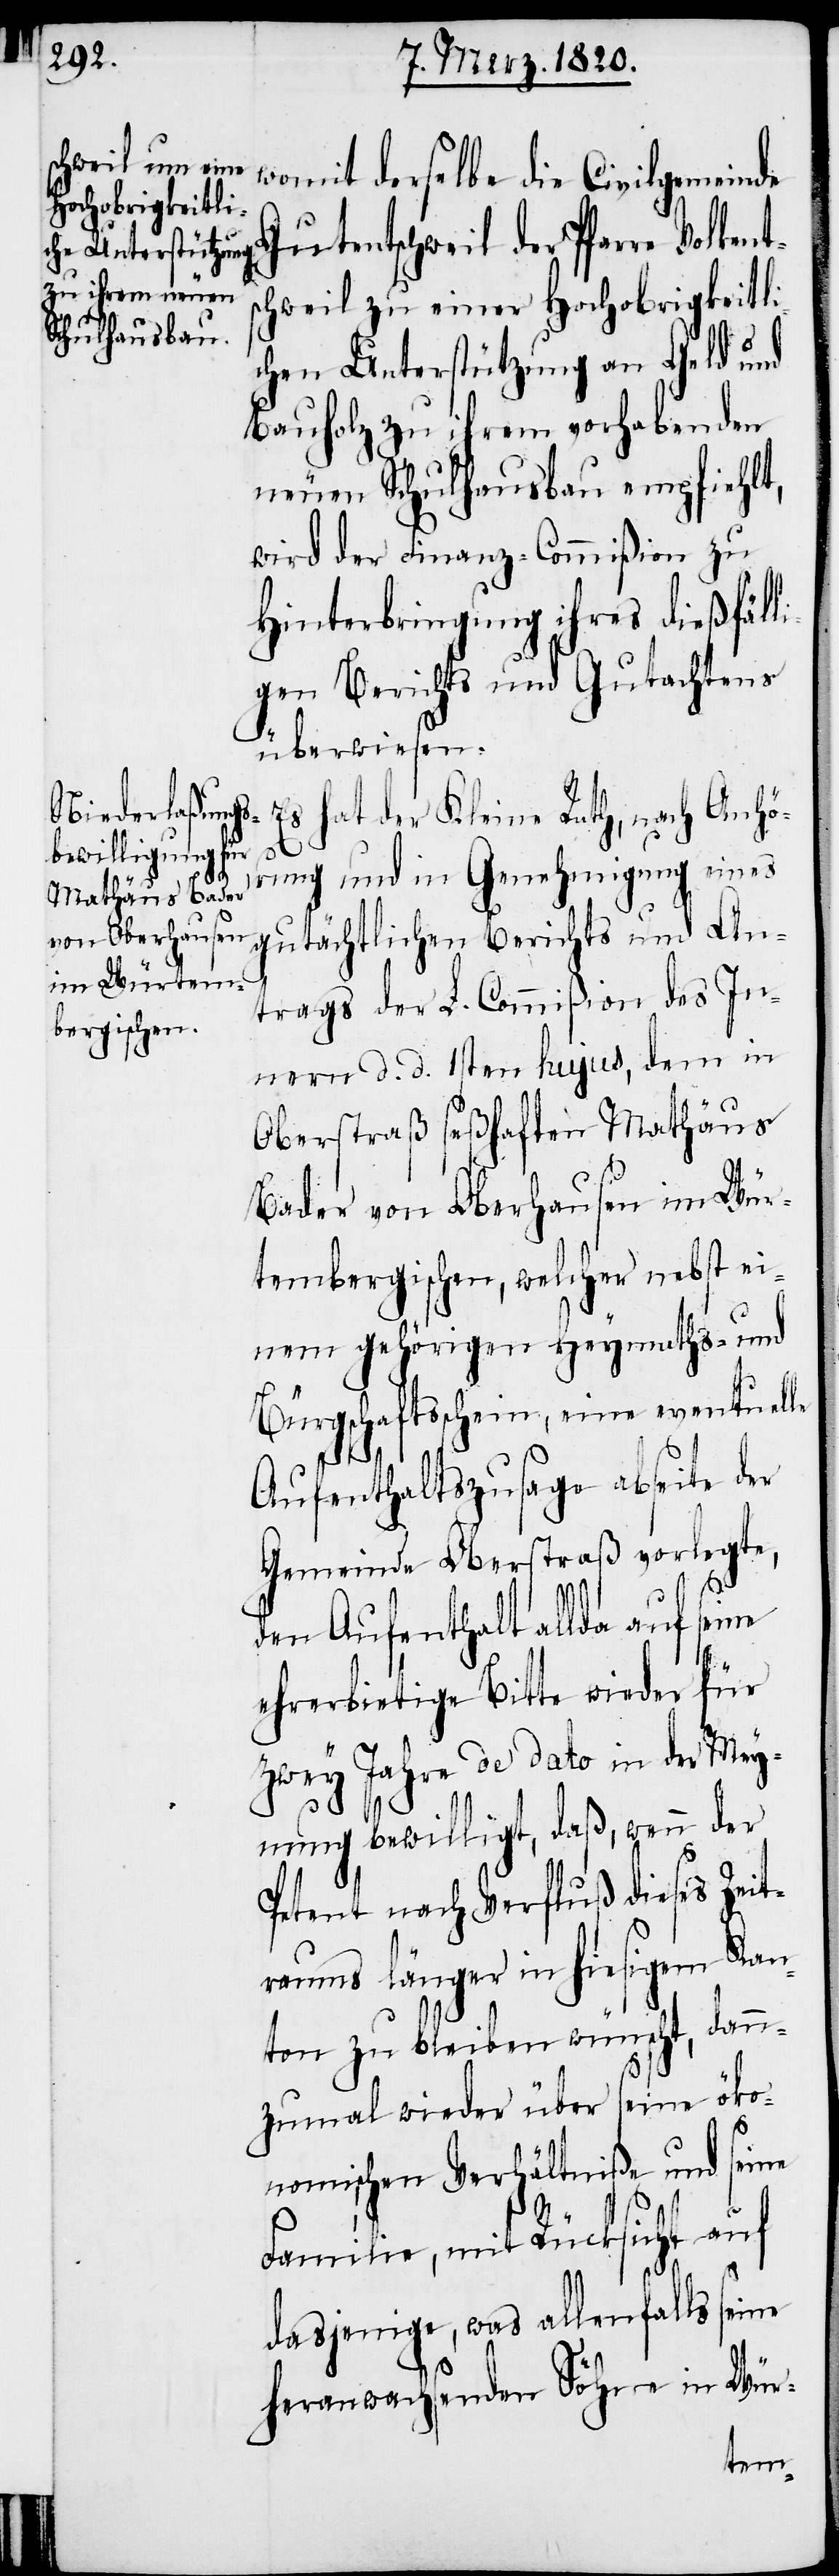
womit derselbe die Civilgemeinde
chweil zu einer Hochobrigkeitl¬
ichen Unterstützung an Geld und
Bauholz zu ihrem vorhabenden
neuen Schulhausbau empfiehlt,
wird der Finanz-Commißion zu
Hinterbringung ihres dießfäll¬
igen Berichts und Gutachtens
überwiesen.
Es hat der Kleine Rath, nach Anhö¬
ts¬
rung und in Genehmigung eines
gutächtlichen Berichts und An¬
trags der L. Commißion des In¬
nern d. d. 1sten hujus, dem in
Oberstraß seßhaften Mathäus
Bader von Oberhausen im Wür¬
tembergischen, welcher nebst ei¬
nem gehörigen Heymaths- und
Bürgschaftsschein, eine eventuelle
Aufenthaltszusage abseite der
Gemeinde Oberstraß vorlegte,
den Aufenthalt allda auf seine
ehrerbietige Bitte wieder für
zwey Jahre de dato in der Mey¬
nung bewilligt, daß, wenn der
Petent nach Verfluß dieses Zeit¬
raums länger in hiesigem Kan¬
ton zu bleiben wünscht, dann¬
zumal wieder über seine öko¬
nomischen Verhältniße und seine
Familie, mit Rücksicht auf
dasjenige, was allenfalls seine
heranwachsenden Söhne in Wür-